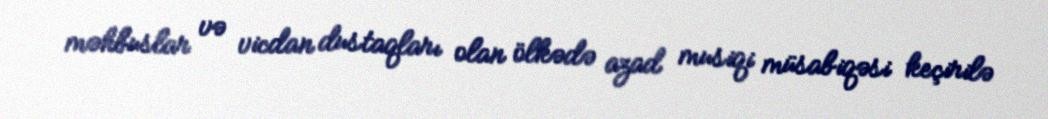
məhbuslar və vicdan dustaqları olan ölkədə azad musiqi müsabiqəsi keçirilə